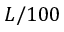
L / 1 0 0